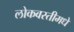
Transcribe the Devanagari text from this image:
लोकवस्तीमधे